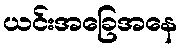
ယင်းအခြေအနေ